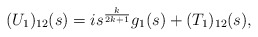
\begin{align*}(U_1)_{12}(s) = i s^\frac{k}{2k+1}g_1(s) + (T_1)_{12}(s),\end{align*}